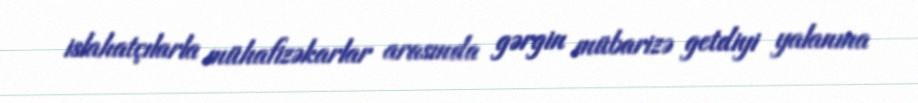
islahatçılarla mühafizəkarlar arasında gərgin mübarizə getdiyi yalanına